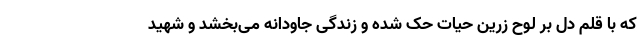
که با قلم دل بر لوح زرین حیات حک شده و زندگی جاودانه می‌بخشد و شهید